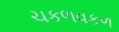
ચકળવકળ